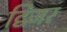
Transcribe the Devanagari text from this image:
द्विजर